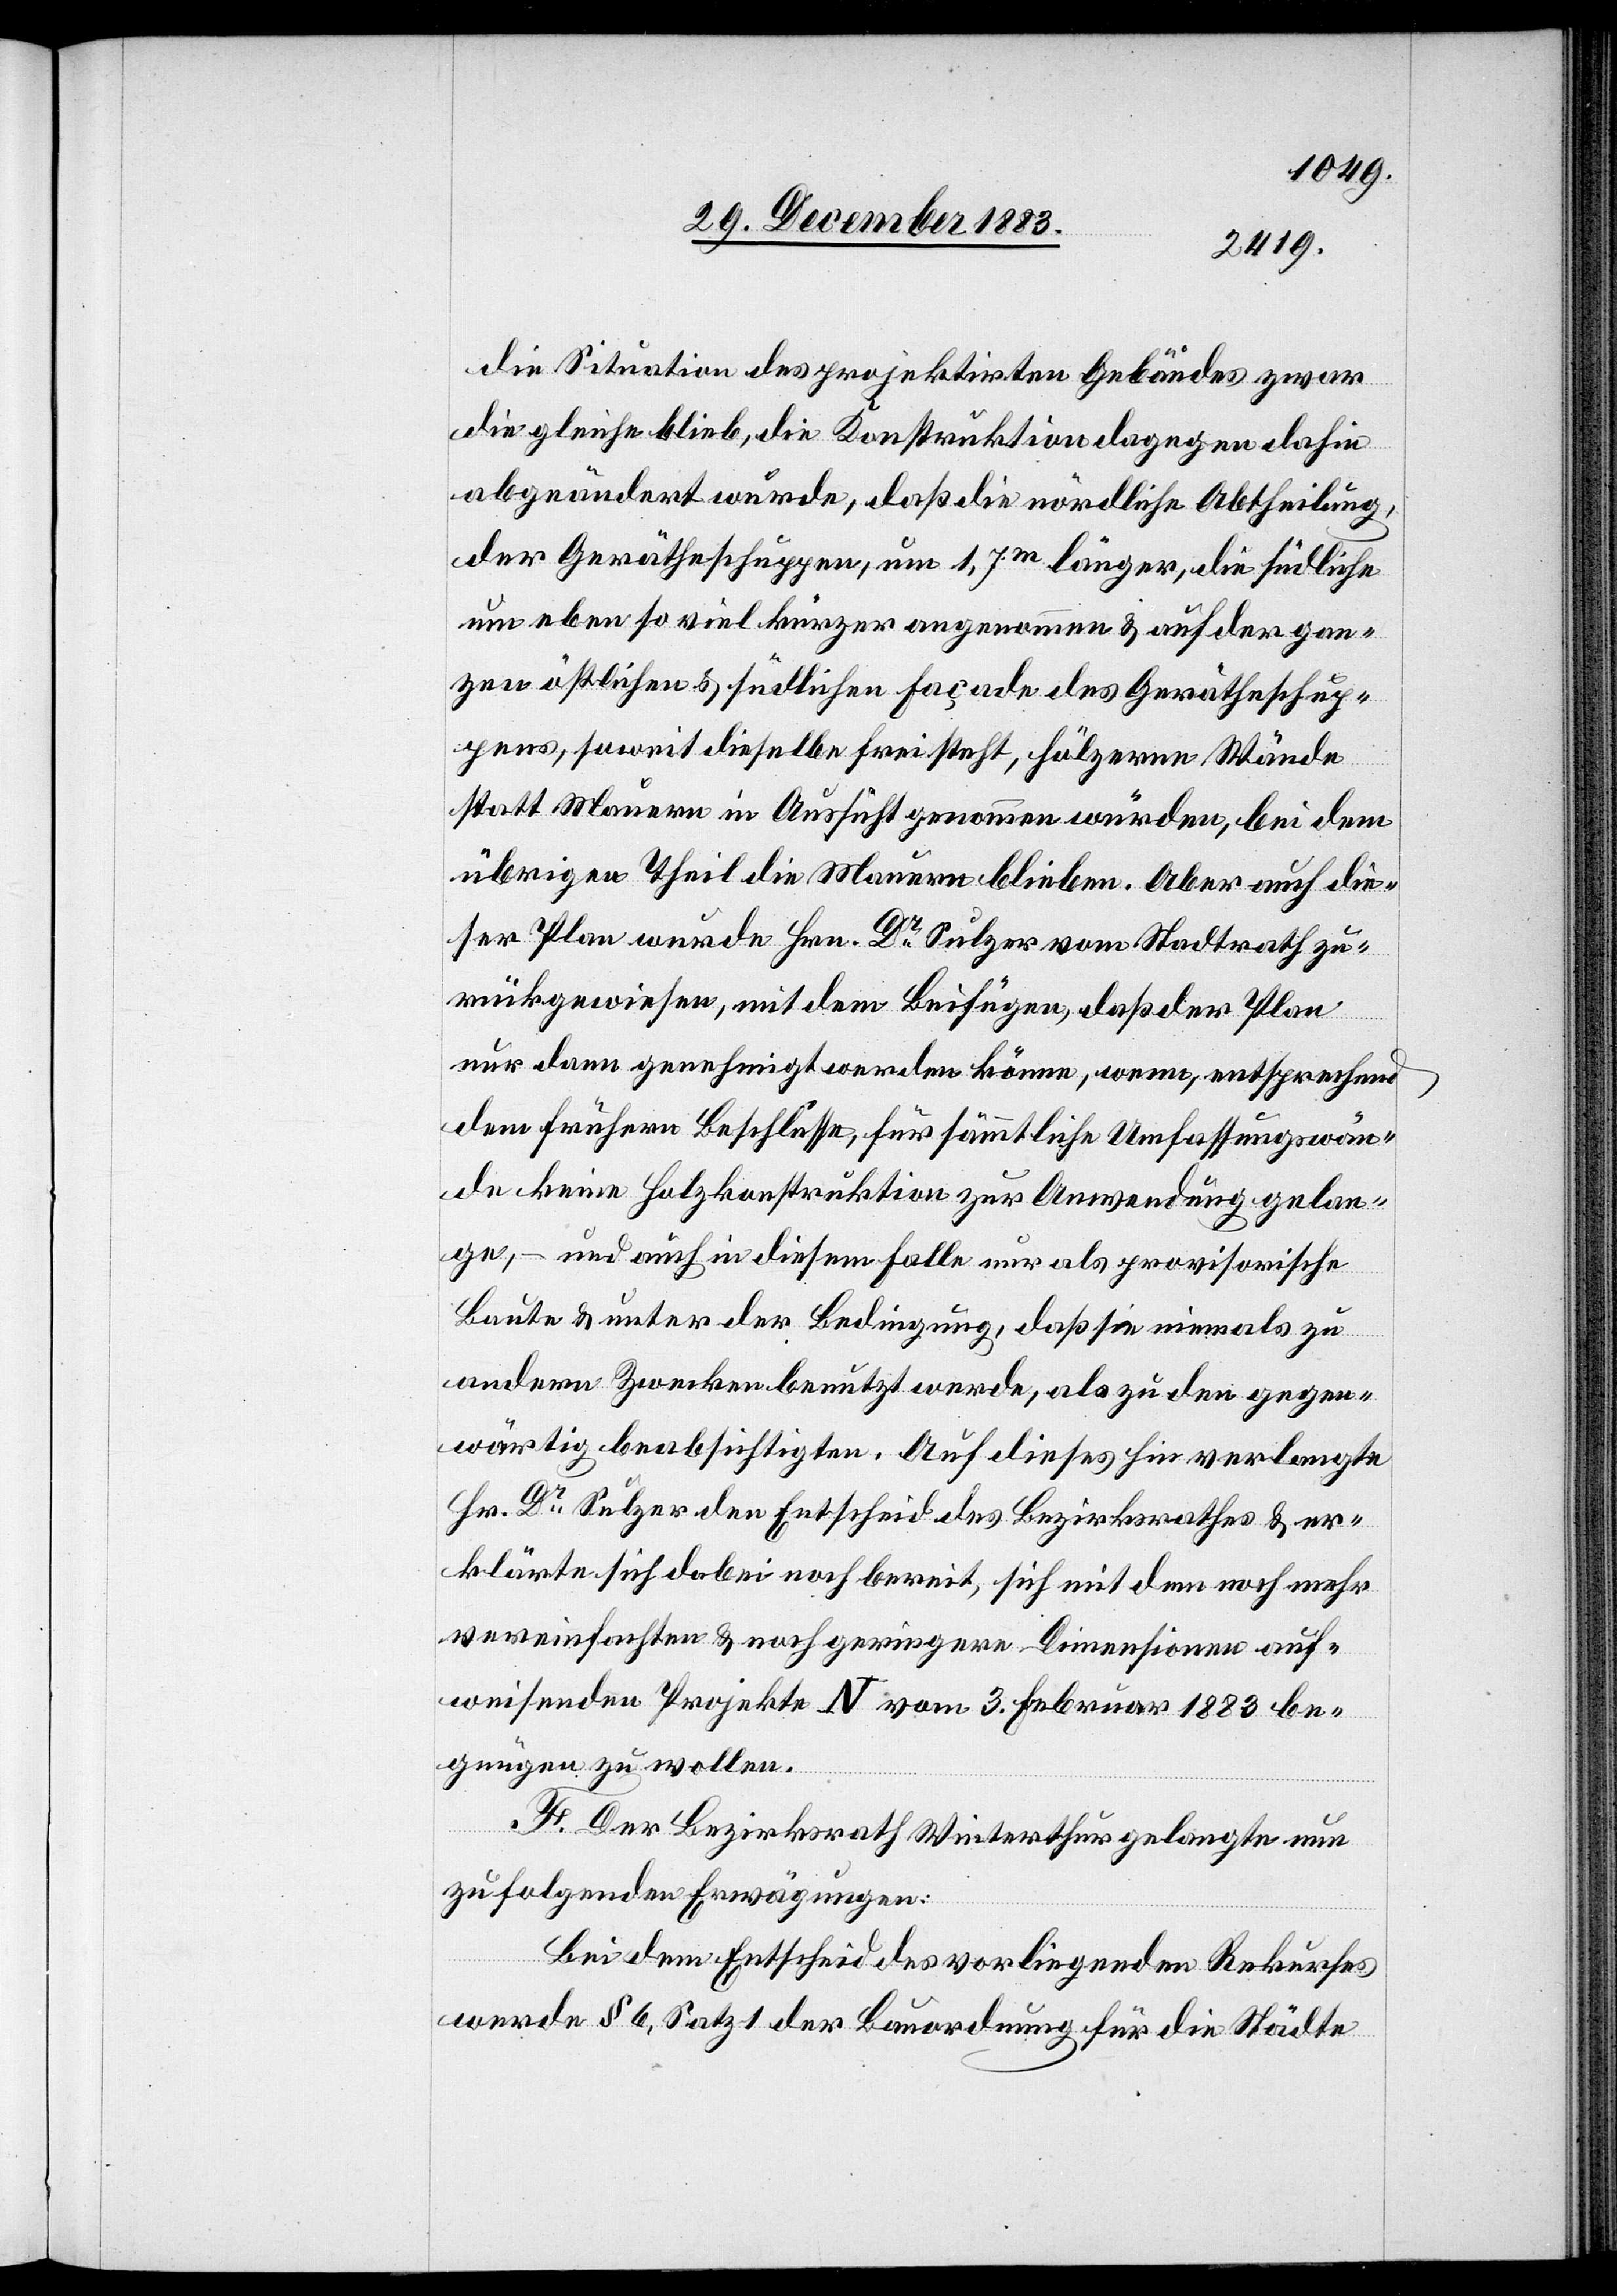
die Situation des projektirten Gebäudes zwar
die gleiche blieb, die Konstruktion dagegen dahin
abgeändert wurde, daß die nördliche Abtheilung,
der Gerätheschuppen, um 1,7m länger, die südliche
um eben so viel kürzer angenommen & auf der gan¬
zen östlichen & südlichen Façade des Gerätheschup¬
pens, soweit dieselbe freisteht, hölzerne Wände
statt Mauern in Aussicht genommen würden, bei dem
übrigen Theil die Mauern blieben. Aber auch die¬
ser Plan wurde Hrn. Dr Sulzer vom Stadtrath zu¬
rückgewiesen, mit dem Beifügen, daß der Plan
nur dann genehmigt werden könne, wenn, entsprechend
dem frühern Beschlusse, für sämmtliche Umfassungswän¬
de keine Holzkonstruktion zur Anwendung gelan¬
ge, – und auch in diesem Falle nur als provisorische
Baute & unter der Bedingung, daß sie niemals zu
andern Zwecken benutzt werde, als zu den gegen¬
wärtig beabsichtigten. Auf dieses hin verlangte
Hr. Dr Sulzer den Entschied des Bezirksrathes & er¬
klärte sich dabei noch bereit, sich mit dem noch mehr
vereinfachten & noch geringere Dimensionen auf¬
weisenden Projekte N vom 3. Februar 1883 be¬
gnügen zu wollen.
F. Der Bezirksrath Winterthur gelangte nun
zu folgenden Erwägungen:
Bei dem Entschied des vorliegenden Rekurses
werde § 6, Satz 1 der Bauordnung für die Städte